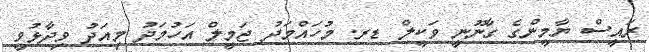
ރައީސް ޔާމީންގެ ގާނޫނީ ވަކީލް ޑރ. މުހައްމަދު ޖަމީލް އަހުމަދު މިއަދު ވިދާޅުވީ